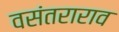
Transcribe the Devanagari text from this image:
वसंतराराव